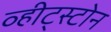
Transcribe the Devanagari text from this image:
व्हीट्स्टोन